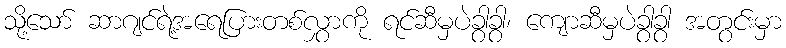
သို့သော် ဆာဂျင်ရဲ့အရေပြားတစ်လွှာကို ရင်ဆီမှပဲခွာခွာ၊ ကျောဆီမှပဲခွာခွာ အတွင်းမှာ